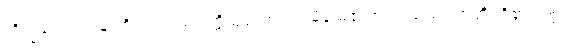
ဘိက္ခဝေ၊ ရဟန်းတို့။ ယံဣဒံဣတ္ထိသဒ္ဒံ၊ အကြင်မိန်းမ၏အသံ သည်။ အတ္ထိ၊ ရှိ၏။ ဣဒံ၊